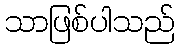
သာဖြစ်ပါသည်